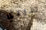
سيدي